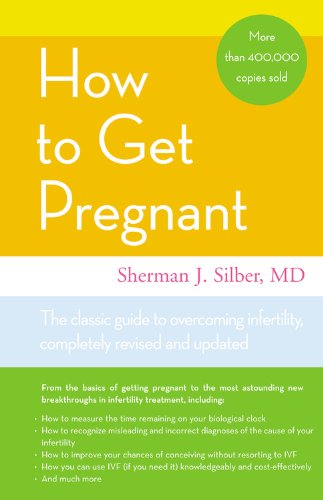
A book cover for How to Get Pregnant; Sherman J. Silber; Parenting & Relationships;